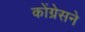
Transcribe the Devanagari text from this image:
कोंग्रेसने